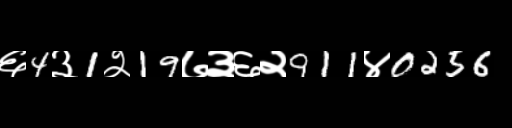
Text: ६4३1२19७३६२911४0256